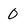
Character: 0